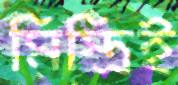
মিস্ত্রিই